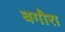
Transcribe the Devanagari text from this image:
बगौरा